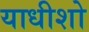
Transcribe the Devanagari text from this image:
याधीशो